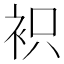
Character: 𧙋